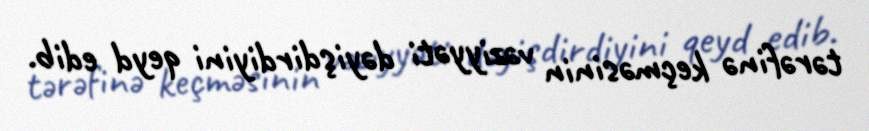
tərəfinə keçməsinin vəziyyəti dəyişdirdiyini qeyd edib.